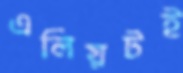
এলিয়টই